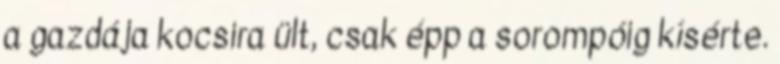
a gazdája kocsira ült, csak épp a sorompóig kísérte.